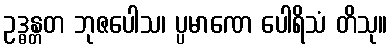
ဥဒ္ဓန္တတ ဘုဇပေါသ၊ ပ္ပမာဏေ ပေါရိသံ တိသု။